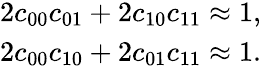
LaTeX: \begin{array}{r}{2c_{00}c_{01}+2c_{10}c_{11}\approx 1,}\\ {2c_{00}c_{10}+2c_{01}c_{11}\approx 1.}\end{array}